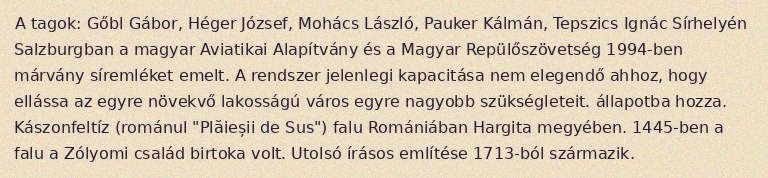
A tagok: Gőbl Gábor, Héger József, Mohács László, Pauker Kálmán, Tepszics Ignác Sírhelyén Salzburgban a magyar Aviatikai Alapítvány és a Magyar Repülőszövetség 1994-ben márvány síremléket emelt. A rendszer jelenlegi kapacitása nem elegendő ahhoz, hogy ellássa az egyre növekvő lakosságú város egyre nagyobb szükségleteit. állapotba hozza. Kászonfeltíz (románul "Plăieșii de Sus") falu Romániában Hargita megyében. 1445-ben a falu a Zólyomi család birtoka volt. Utolsó írásos említése 1713-ból származik.